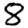
Digit: 8